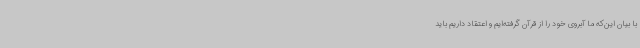
با بیان این‌که ما آبروی خود را از قرآن گرفته‌ایم و اعتقاد داریم باید